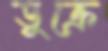
ডুক্‌রে